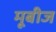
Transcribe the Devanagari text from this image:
मूबीज